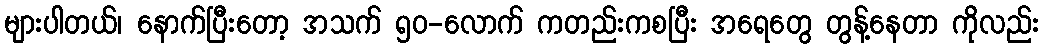
များပါတယ်၊ နောက်ပြီးတော့ အသက် ၅၀-လောက် ကတည်းကစပြီး အရေတွေ တွန့်နေတာ ကိုလည်း